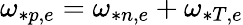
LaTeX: \omega_{*p,e}=\omega_{*n,e}+\omega_{*T,e}